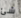
شئ